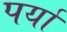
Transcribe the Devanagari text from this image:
पर्या